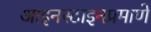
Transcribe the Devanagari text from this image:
आइनस्टाइनप्रमाणे